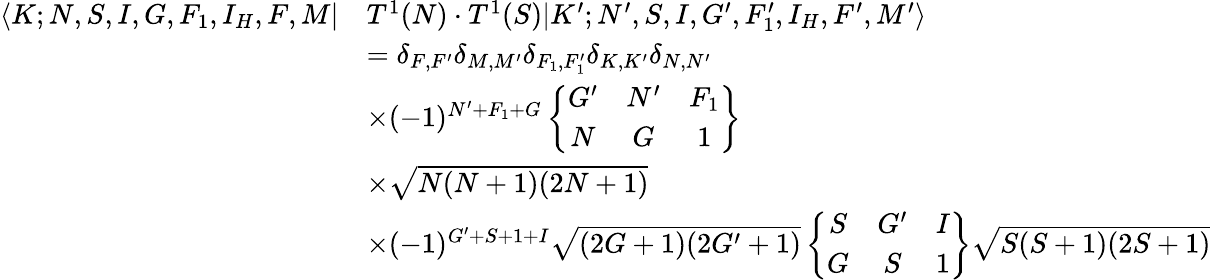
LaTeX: \begin{array}{rl}{\langle K;N,S,I,G,F_{1},I_{H},F,M|}&{T^{1}(N)\cdot T^{1}(S)|K^{\prime};N^{\prime},S,I,G^{\prime},F_{1}^{\prime},I_{H},F^{\prime},M^{\prime}\rangle}\\ &{=\delta_{F,F^{\prime}}\delta_{M,M^{\prime}}\delta_{F_{1},F_{1}^{\prime}}\delta_{K,K^{\prime}}\delta_{N,N^{\prime}}}\\ &{\times(-1)^{N^{\prime}+F_{1}+G}\left\{ \begin{array}{ccc}{G^{\prime}}&{N^{\prime}}&{F_{1}}\\ {N}&{G}&{1}\end{array}\right\} }\\ &{\times\sqrt{N(N+1)(2N+1)}}\\ &{\times(-1)^{G^{\prime}+S+1+I}\sqrt{(2G+1)(2G^{\prime}+1)}\left\{ \begin{array}{ccc}{S}&{G^{\prime}}&{I}\\ {G}&{S}&{1}\end{array}\right\} \sqrt{S(S+1)(2S+1)}}\end{array}